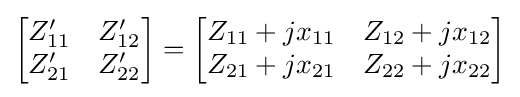
{\begin{bmatrix}Z'_{11}&Z'_{12}\\Z'_{21}&Z'_{22}\end{bmatrix}}={\begin{bmatrix}Z_{11}+jx_{11}&Z_{12}+jx_{12}\\Z_{21}+jx_{21}&Z_{22}+jx_{22}\end{bmatrix}}